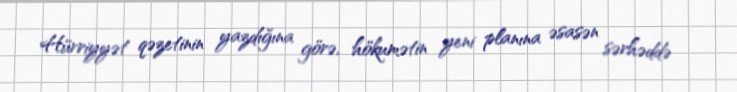
Hürriyyət qəzetinin yazdığına görə, hökumətin yeni planına əsasən sərhəddə